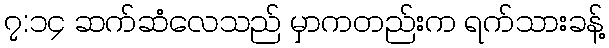
၇:၁၄ ဆက်ဆံလေသည် မှာကတည်းက ရက်သားခန့်